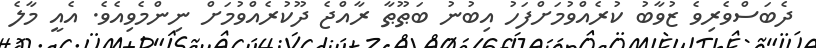
ދެބަސްވެރިވެ ޒުވާބު ކުރެއްވުމަށްފަހު އިބުނު ބަޠޫޠާ ރާއްޖެ ދޫކުރެއްވުމަށް ނިންމެވިއެވެ. އެއީ މާލެ